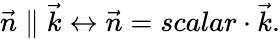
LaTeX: \vec{n}\parallel\vec{k}\leftrightarrow\vec{n}=scalar\cdot\vec{k}.